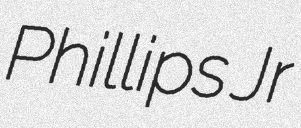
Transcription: Phillips Jr